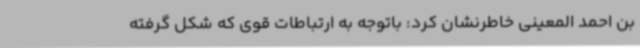
بن احمد المعینی خاطرنشان کرد: باتوجه به ارتباطات قوی که شکل گرفته